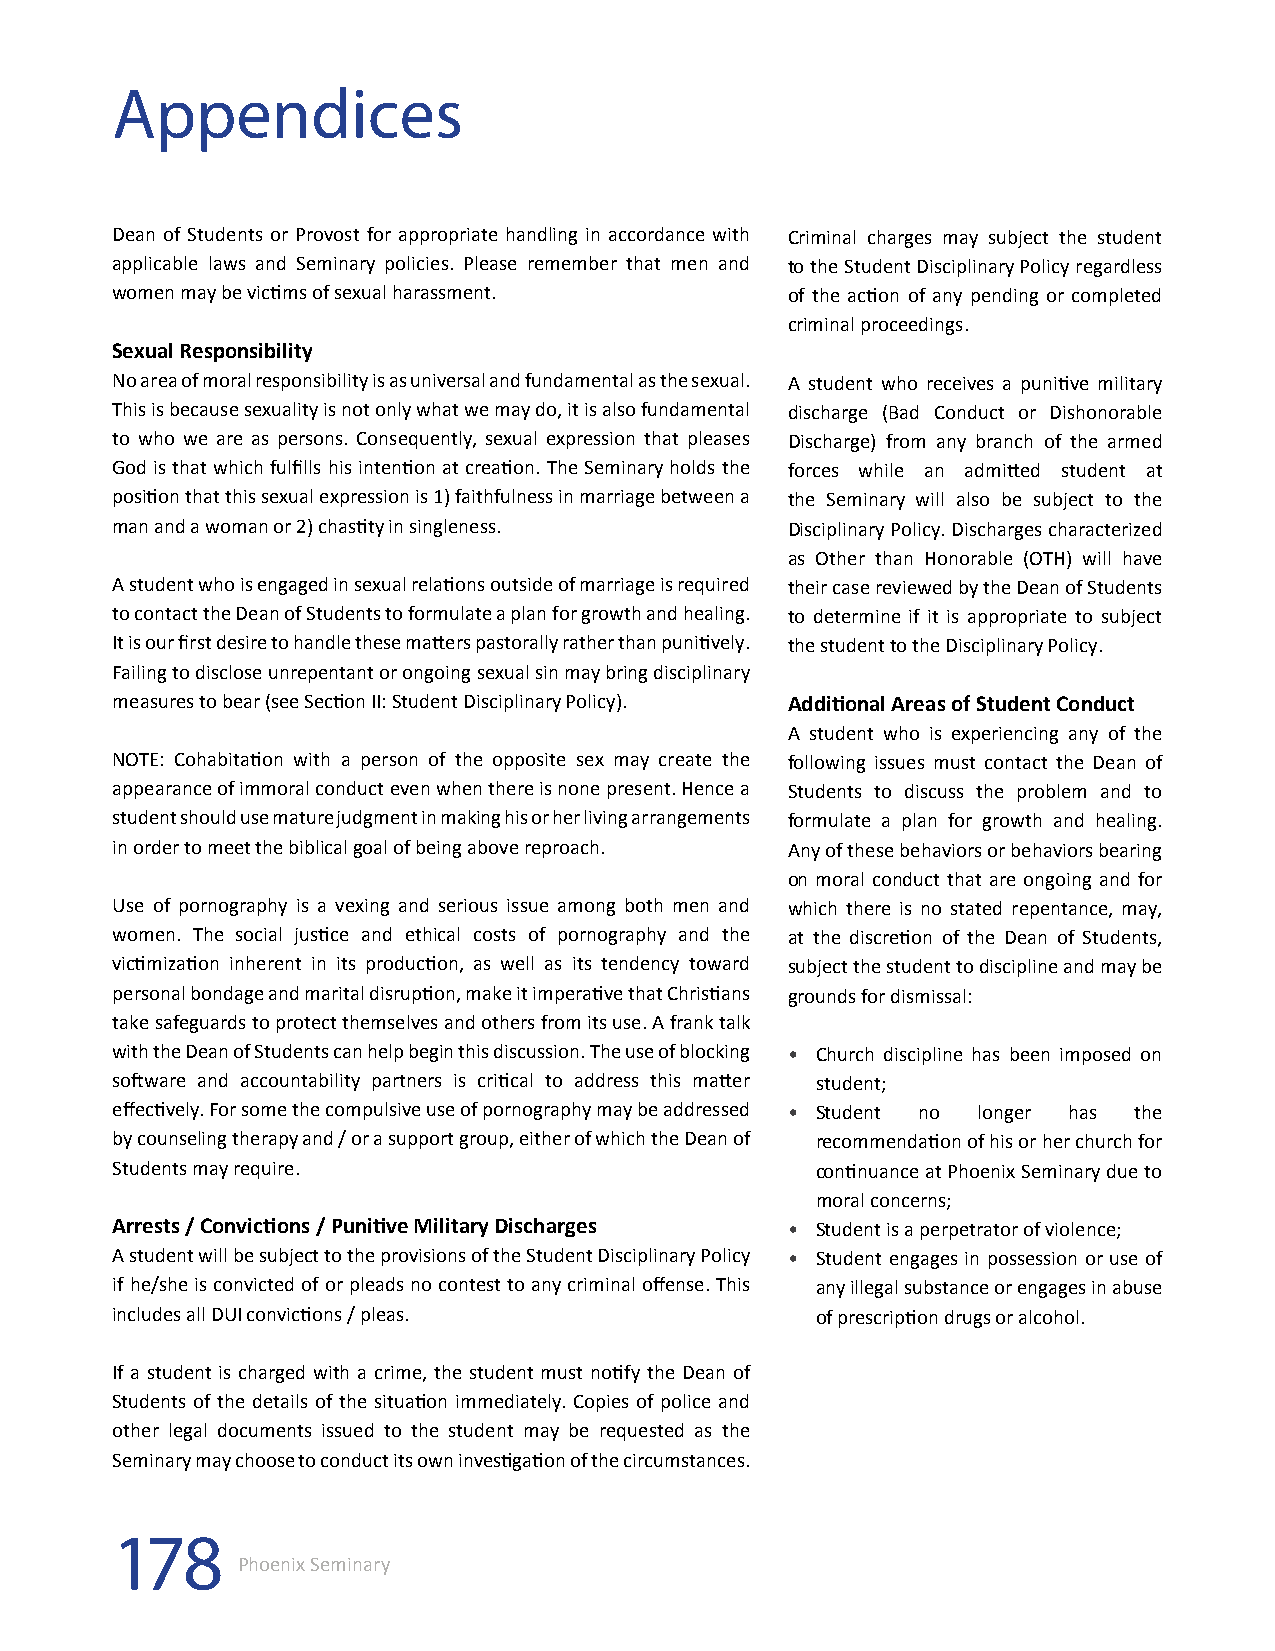
Appendices
 Dean of Students or Provost for appropriate handling in accordance with Criminal charges may subject the student
 applicable laws and Seminary policies. Please remember that men and to the Student Disciplinary Policy regardless
 women may be victims of sexual harassment.   of the action of any pending or completed
 criminal proceedings.
 Sexual Responsibility
 No area of moral responsibility is as universal and fundamental as the sexual. A student who receives a punitive military
 This is because sexuality is not only what we may do, it is also fundamental discharge (Bad Conduct or Dishonorable
 to who we are as persons. Consequently, sexual expression that pleases Discharge) from any branch of the armed
 God is that which fulfills his intention at creation. The Seminary holds the forces while an admitted student at
 position that this sexual expression is 1) faithfulness in marriage between a the Seminary will also be subject to the
 man and a woman or 2) chastity in singleness. Disciplinary Policy. Discharges characterized
 as Other than Honorable (OTH) will have
 A student who is engaged in sexual relations outside of marriage is required their case reviewed by the Dean of Students
 to contact the Dean of Students to formulate a plan for growth and healing. to determine if it is appropriate to subject
 It is our first desire to handle these matters pastorally rather than punitively. the student to the Disciplinary Policy.
 Failing to disclose unrepentant or ongoing sexual sin may bring disciplinary
 measures to bear (see Section II: Student Disciplinary Policy). Additional Areas of Student Conduct
 A student who is experiencing any of the
 NOTE: Cohabitation with a person of the opposite sex may create the following issues must contact the Dean of
 appearance of immoral conduct even when there is none present. Hence a Students to discuss the problem and to
 student should use mature judgment in making his or her living arrangements formulate a plan for growth and healing.
 in order to meet the biblical goal of being above reproach. Any of these behaviors or behaviors bearing
 on moral conduct that are ongoing and for
 Use of pornography is a vexing and serious issue among both men and which there is no stated repentance, may,
 women. The social justice and ethical costs of pornography and the at the discretion of the Dean of Students,
 victimization inherent in its production, as well as its tendency toward subject the student to discipline and may be
 personal bondage and marital disruption, make it imperative that Christians grounds for dismissal:
 take safeguards to protect themselves and others from its use. A frank talk
 with the Dean of Students can help begin this discussion. The use of blocking • Church discipline has been imposed on
 software and accountability partners is critical to address this matter student;
 effectively. For some the compulsive use of pornography may be addressed • Student no longer has the
 by counseling therapy and / or a support group, either of which the Dean of recommendation of his or her church for
 Students may require.                          continuance at Phoenix Seminary due to
 moral concerns;
 Arrests / Convictions / Punitive Military Discharges • Student is a perpetrator of violence;
 A student will be subject to the provisions of the Student Disciplinary Policy • Student engages in possession or use of
 if he/she is convicted of or pleads no contest to any criminal offense. This any illegal substance or engages in abuse
 includes all DUI convictions / pleas.          of prescription drugs or alcohol.
 If a student is charged with a crime, the student must notify the Dean of
 Students of the details of the situation immediately. Copies of police and
 other legal documents issued to the student may be requested as the
 Seminary may choose to conduct its own investigation of the circumstances.
 178
 Phoenix Seminary